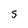
Character: 5